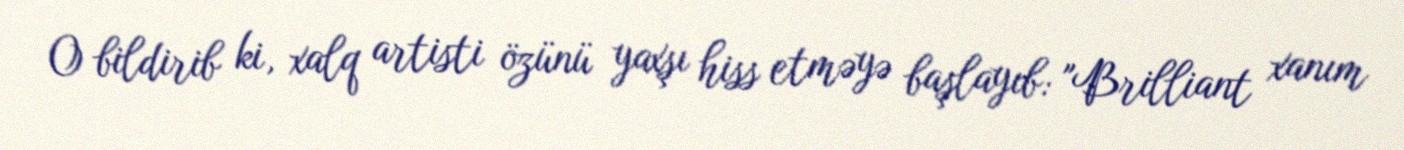
O bildirib ki, xalq artisti özünü yaxşı hiss etməyə başlayıb: "Brilliant xanım